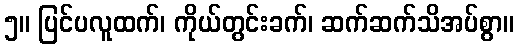
၅။ ပြင်ပလူထက်၊ ကိုယ်တွင်းခက်၊ ဆက်ဆက်သိအပ်စွာ။